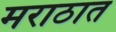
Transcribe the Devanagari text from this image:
मराठात